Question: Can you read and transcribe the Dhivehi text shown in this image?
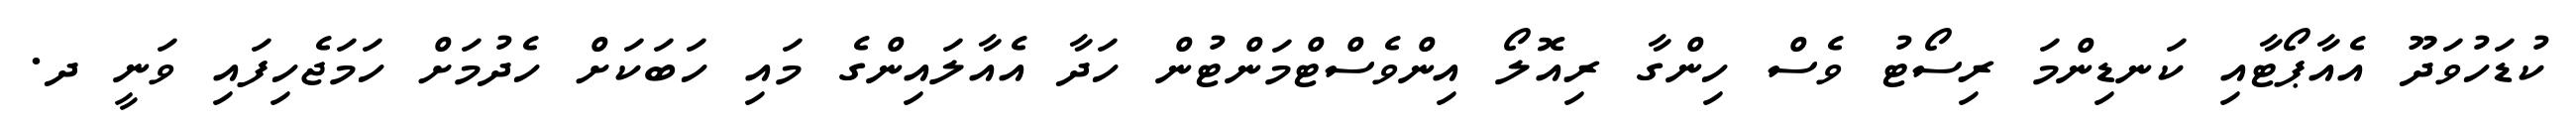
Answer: ކުޑަހުވަދޫ އެއާޕޯޓާއި ކަނޑިންމަ ރިސޯޓު ވެސް ހިންގާ ރިއޮލޯ އިންވެސްޓްމަންޓުން ހަދާ އެއާލައިންގެ މައި ހަބަކަށް ހެދުމަށް ހަމަޖެހިފައި ވަނީ ދ.